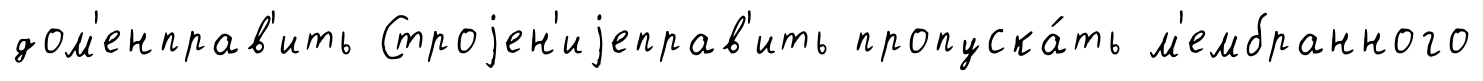
дом'енправ'ить Строjен'иjеправ'ить пропуска́ть м'ембранного